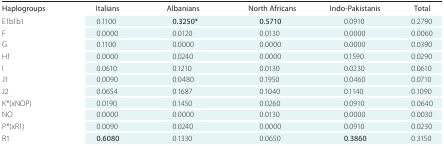
| Haplogroups | Italians | Albanians | North Africans | Indo-Pakistanis | Total |
 | --- | --- | --- | --- | --- | --- |
 | E1b1b1 | 0.1100 | 0.3250* | 0.5710 | 0.0910 | 0.2790 |
 | F | 0.0000 | 0.0120 | 0.0130 | 0.0000 | 0.0060 |
 | G | 0.1100 | 0.0000 | 0.0000 | 0.0000 | 0.0390 |
 | H1 | 0.0000 | 0.0240 | 0.0000 | 0.1590 | 0.0290 |
 | I | 0.0610 | 0.1210 | 0.0130 | 0.0230 | 0.0610 |
 | J1 | 0.0090 | 0.0480 | 0.1950 | 0.0460 | 0.0710 |
 | J2 | 0.0654 | 0.1687 | 0.1040 | 0.1140 | 0.1090 |
 | K*(xNOP) | 0.0190 | 0.1450 | 0.0260 | 0.0910 | 0.0640 |
 | NO | 0.0000 | 0.0000 | 0.0130 | 0.0000 | 0.0030 |
 | P*(xR1) | 0.0090 | 0.0240 | 0.0000 | 0.0910 | 0.0230 |
 | R1 | 0.6080 | 0.1330 | 0.0650 | 0.3860 | 0.3150 |